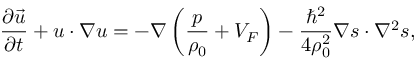
\frac { \partial \vec { u } } { \partial t } + \boldsymbol { u } \cdot \boldsymbol { \nabla } \boldsymbol { u } = - \boldsymbol { \nabla } \left( \frac { p } { \rho _ { 0 } } + V _ { F } \right) - \frac { \hbar ^ { 2 } } { 4 \rho _ { 0 } ^ { 2 } } \boldsymbol { \nabla } \boldsymbol { s } \cdot \nabla ^ { 2 } \boldsymbol { s } ,